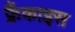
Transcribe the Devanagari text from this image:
फ्रैंकाइस